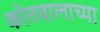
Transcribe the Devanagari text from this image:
कोतवालाच्या